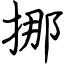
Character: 挪